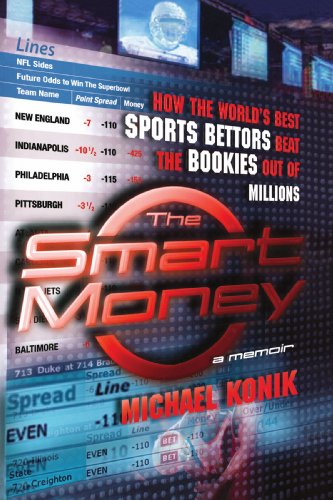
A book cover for The Smart Money: How the World's Best Sports Bettors Beat the Bookies Out of Millions; Michael Konik; Humor & Entertainment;